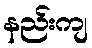
နည်းကျ